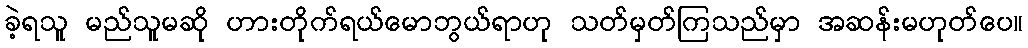
ခဲ့ရသူ မည်သူမဆို ဟားတိုက်ရယ်မောဘွယ်ရာဟု သတ်မှတ်ကြသည်မှာ အဆန်းမဟုတ်ပေ။